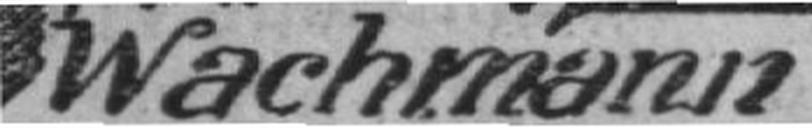
Wachmann